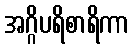
အဂ္ဂိပရိစာရိကာ